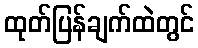
ထုတ်ပြန်ချက်ထဲတွင်